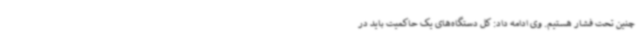
چنین تحت فشار هستیم. وی ادامه داد: کل دستگاه‌های یک حاکمیت باید در